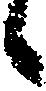
候